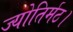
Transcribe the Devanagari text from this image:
ज्योतिर्मठ।